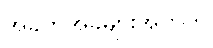
အခက်အခဲများအတွက်